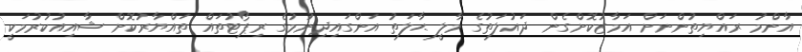
އާންމު ރައްޔިތުންނަށް އަމާޒުކޮށްގެން ދައުލަތުގެ މާލީ ޙާލަތު އަންގައިދިނުމުގެ ރިޕޯޓުތައް ތައްޔާރުކޮށް ޝާއިއުކުރުމަކީ